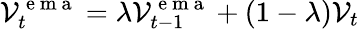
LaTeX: \mathcal{V}_{t}^{\mathrm{~e~m~a~}}=\lambda\mathcal{V}_{t-1}^{\mathrm{~e~m~a~}}+(1-\lambda)\mathcal{V}_{t}